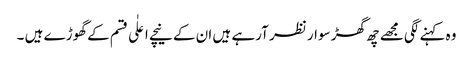
وہ کہنے لگی مجھے چھ گھڑ سوار نظر آرہے ہیں ان کے نیچے اعلٰی قسم کے گھوڑے ہیں ۔